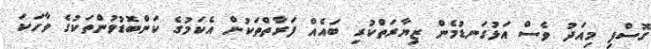
ގޮސްފި މިއަދު ވެސް އަޅުގަނޑުމެން ޒިޔާރަތްކުރި ބައެއް ފަރާތްތަކުން އެކަމުގެ ކަންބޮޑުވުންތަކުގެ ވާހަކަ